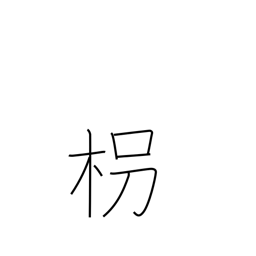
Meaning: walking stick